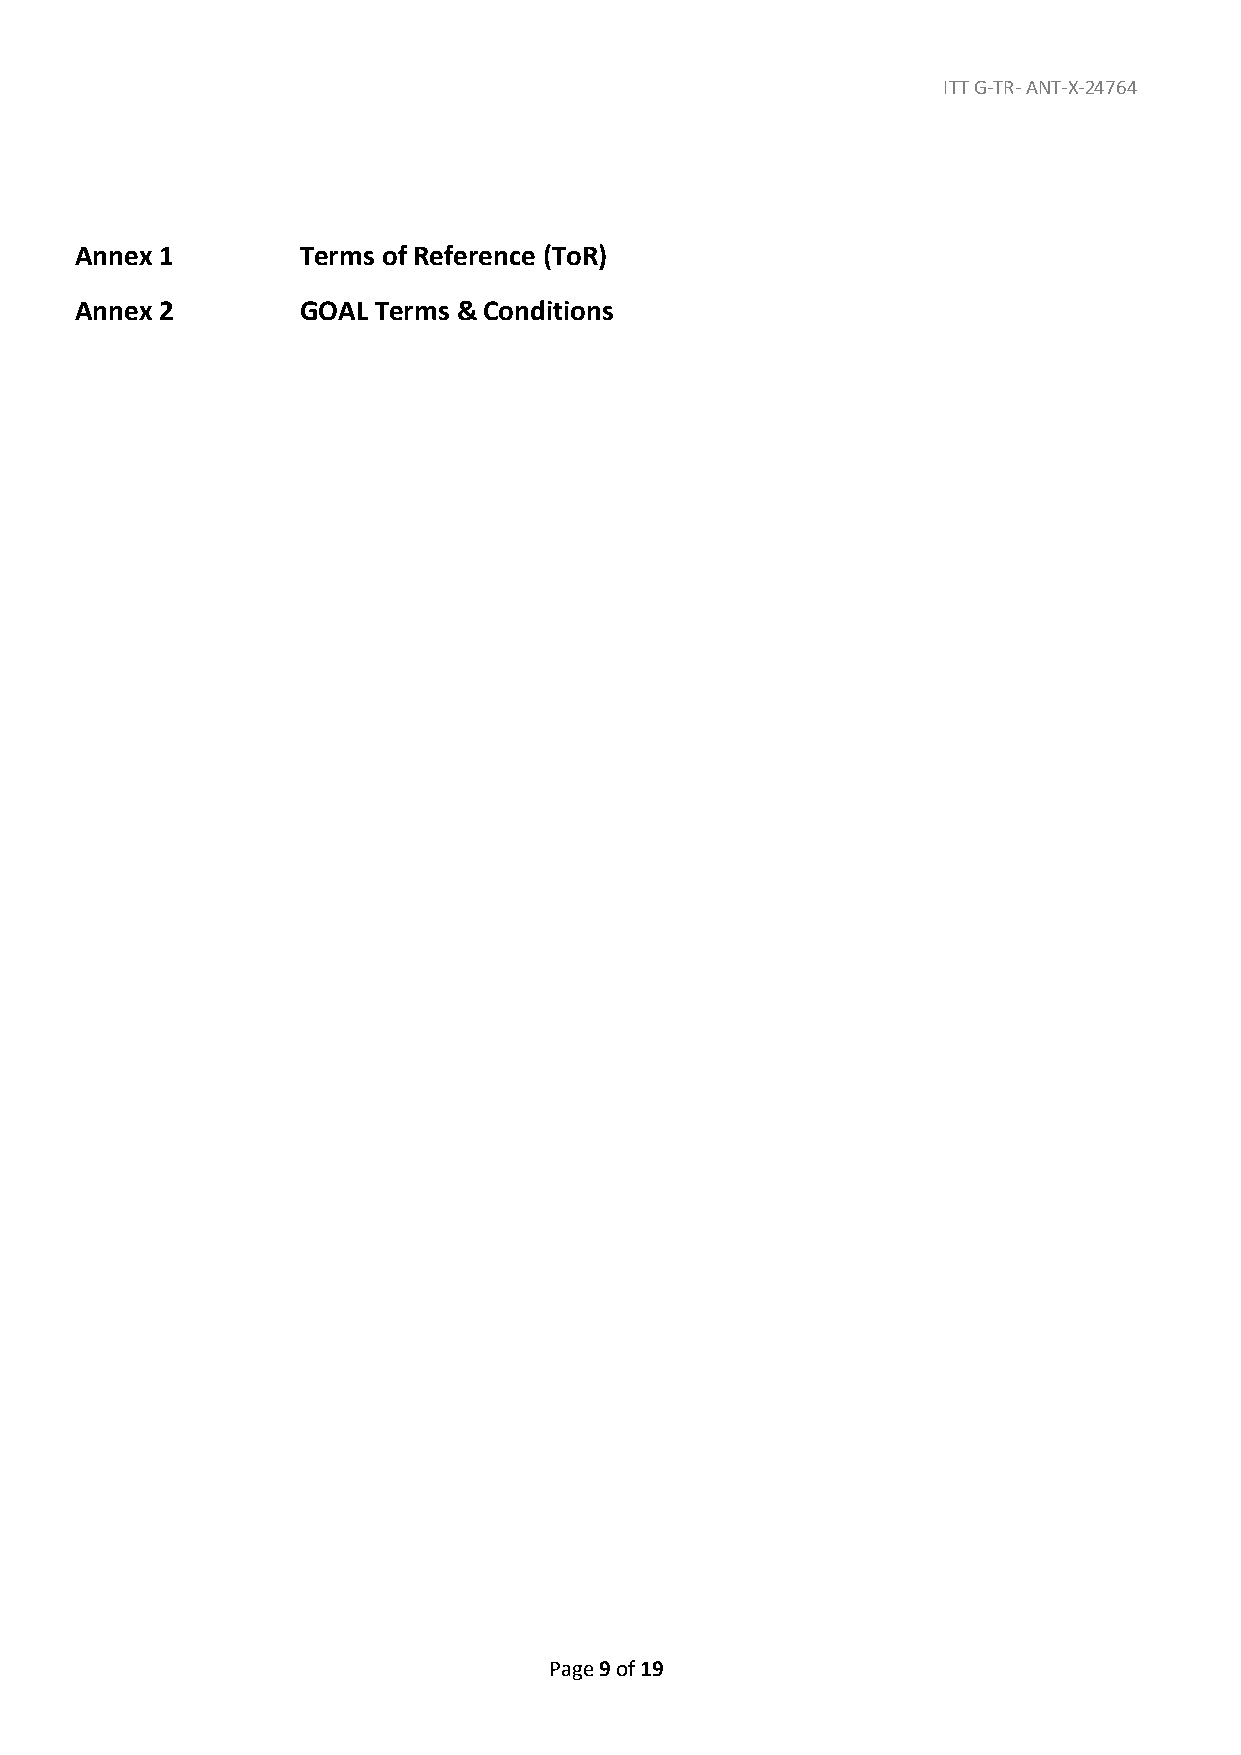
ITT G-TR- ANT-X-24764
 Annex 1        Terms of Reference (ToR)
 Annex 2        GOAL Terms & Conditions
 Page 9 of 19